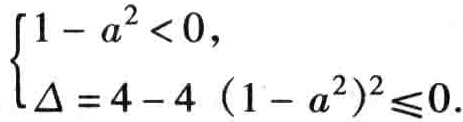
\(\begin{cases}
1 - a^{2} < 0, \\
\Delta = 4 - 4(1 - a^{2})^{2} \leq 0.
\end{cases}\)